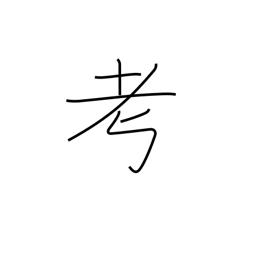
Meaning: think over